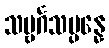
သဗ္ဗင်္ဂသမ္ပန္နေ